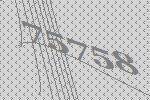
75758